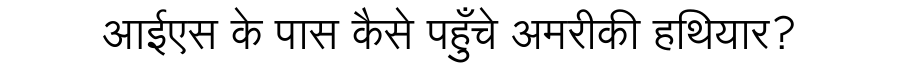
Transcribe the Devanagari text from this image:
आईएस के पास कैसे पहुँचे अमरीकी हथियार?